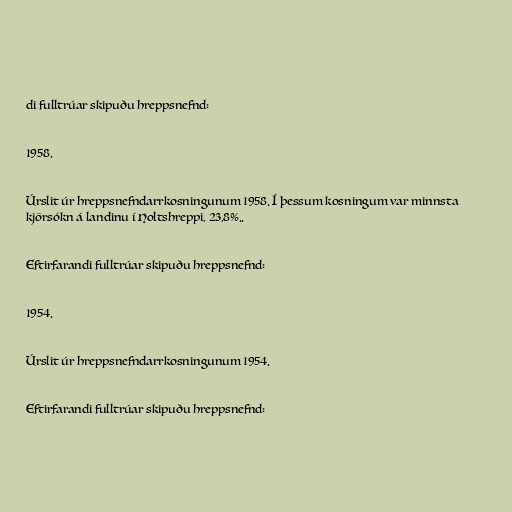
di fulltrúar skipuðu hreppsnefnd:

1958.

Úrslit úr hreppsnefndarrkosningunum 1958. Í þessum kosningum var minnsta
kjörsókn á landinu í Holtshreppi, 23,8%..

Eftirfarandi fulltrúar skipuðu hreppsnefnd:

1954.

Úrslit úr hreppsnefndarrkosningunum 1954.

Eftirfarandi fulltrúar skipuðu hreppsnefnd: